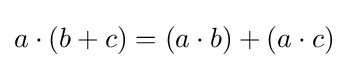
a\cdot (b+c)=(a\cdot b)+(a\cdot c)